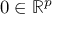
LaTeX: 0 \in \mathbb { R } ^ { p }